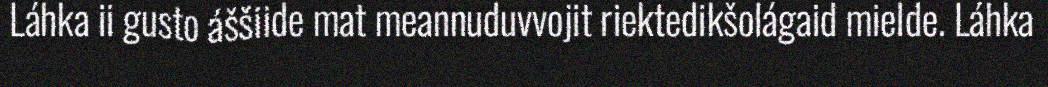
Láhka ii gusto áššiide mat meannuduvvojit riektedikšolágaid mielde. Láhka